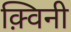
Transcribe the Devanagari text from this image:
क़्विनी